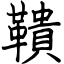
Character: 鞼